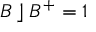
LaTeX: B \; \rfloor \; B ^ { + } = 1